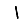
Digit: 1